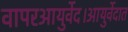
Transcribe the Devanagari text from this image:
वापरआयुर्वेद।आयुर्वेदात